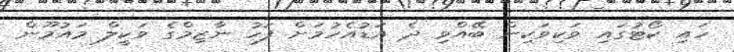
ހައި ކޯޓުގައި ވަކިވަކިން ބޭއްވި ދެ އަޑުއެހުމަށް ފަހު ނާޒިމްގެ ވަކީލް މައުމޫން